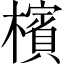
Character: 檳